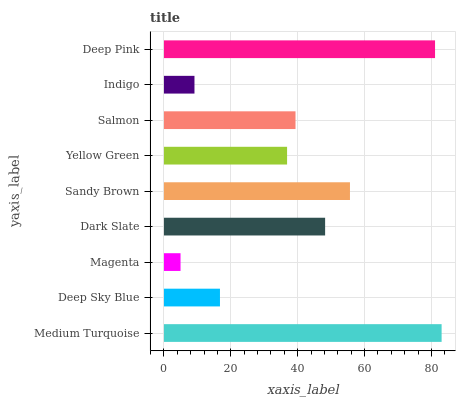
| yaxis_label | bars |
 | --- | --- |
 | Medium Turquoise | 83.1 |
 | Deep Sky Blue | 16.8 |
 | Magenta | 4.96 |
 | Dark Slate | 48.2 |
 | Sandy Brown | 55.6 |
 | Yellow Green | 36.8 |
 | Salmon | 39.4 |
 | Indigo | 9.13 |
 | Deep Pink | 81.1 |